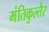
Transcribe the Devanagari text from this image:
मंतिकुल्तैर